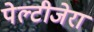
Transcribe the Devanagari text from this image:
पेल्टीजेरा